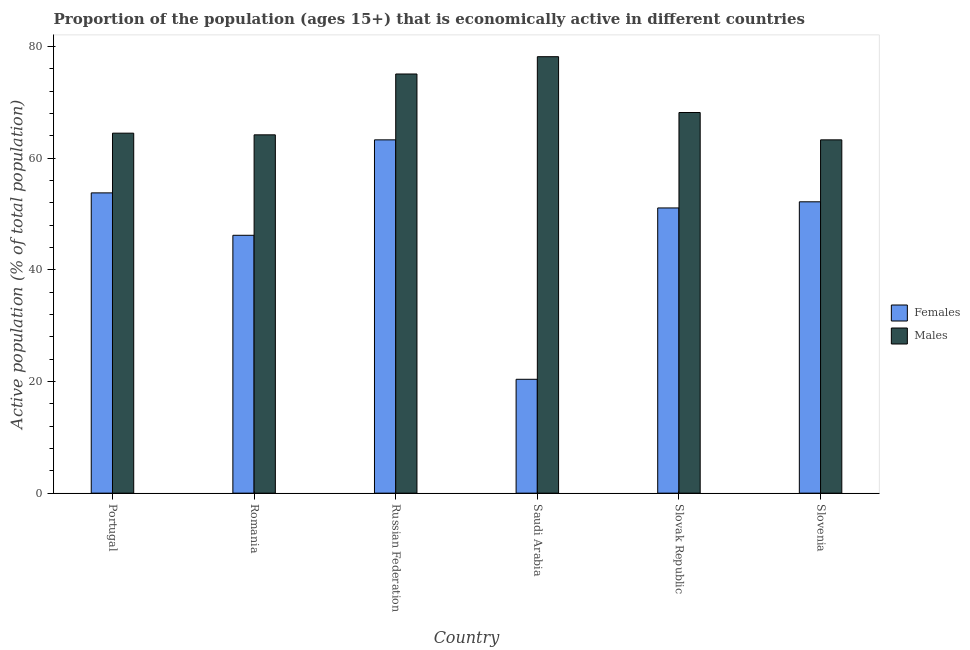
| Country | Females | Males |
 | --- | --- | --- |
 | Portugal | 53.8 | 64.5 |
 | Romania | 46.2 | 64.2 |
 | Russian Federation | 63.3 | 75.1 |
 | Saudi Arabia | 20.4 | 78.2 |
 | Slovak Republic | 51.1 | 68.2 |
 | Slovenia | 52.2 | 63.3 |